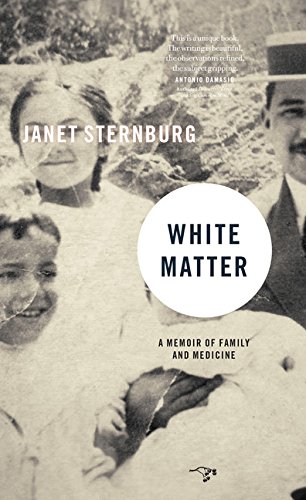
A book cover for White Matter: A Memoir of Family and Medicine; Janet Sternburg; Biographies & Memoirs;